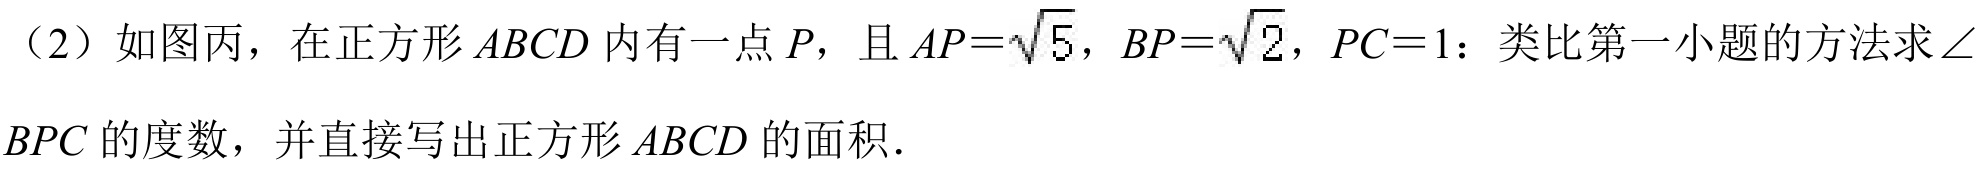
（2）如图丙，在正方形\(ABCD\) 内有一点 \(P\)，且 \(AP = \sqrt{5}\)，\(BP = \sqrt{2}\)，\(PC = 1\)：类比第一小题的方法求\(\angle BPC\) 的度数，并直接写出正方形\(ABCD\) 的面积.